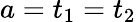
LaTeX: a=t_{1}=t_{2}